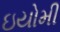
ઇયોમી